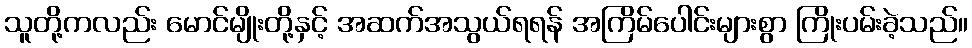
သူတို့ကလည်း မောင်မျိုးတို့နှင့် အဆက်အသွယ်ရရန် အကြိမ်ပေါင်းများစွာ ကြိုးပမ်းခဲ့သည်။